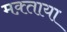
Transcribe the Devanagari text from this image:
मक़्ताया